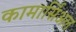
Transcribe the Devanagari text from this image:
कामार्सिअल